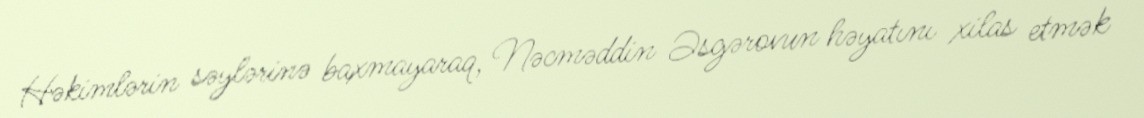
Həkimlərin səylərinə baxmayaraq, Nəcməddin Əsgərovun həyatını xilas etmək